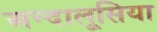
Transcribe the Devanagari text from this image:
अन्दालूसिया